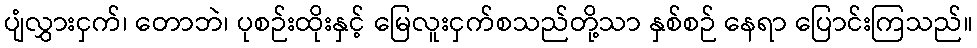
ပျံလွှားငှက်၊ တောဘဲ၊ ပုစဉ်းထိုးနှင့် မြေလူးငှက်စသည်တို့သာ နှစ်စဉ် နေရာ ပြောင်းကြသည်။